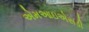
એમઆઇએસડી